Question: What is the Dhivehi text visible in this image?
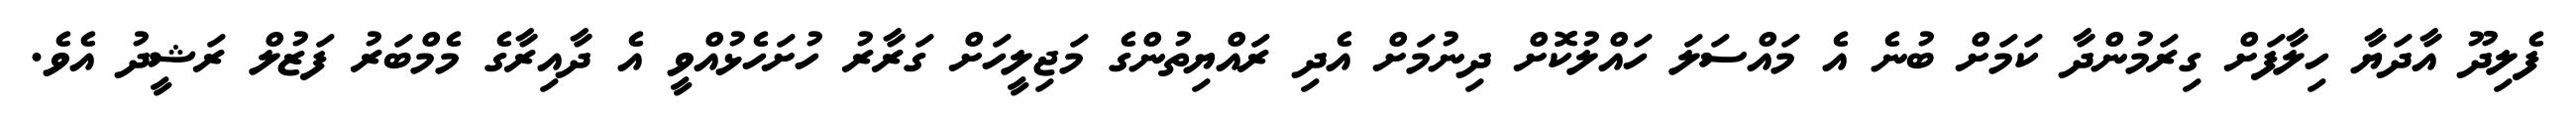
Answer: ފެލިދޫ އާދަޔާ ހިލާފަށް ގިރަމުންދާ ކަމަށް ބުނެ އެ މައްސަލަ ހައްލުކޮށް ދިނުމަށް އެދި ރައްޔިތުންގެ މަޖިލީހަށް ގަރާރު ހުށަހެޅުއްވީ އެ ދާއިރާގެ މެމްބަރު ފަޒުލް ރަޝީދު އެވެ.